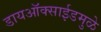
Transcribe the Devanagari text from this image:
डायऑक्साईडमुळे